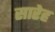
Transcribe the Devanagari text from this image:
सारेह